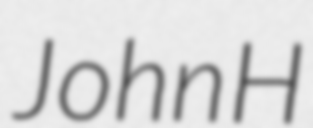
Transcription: John H